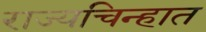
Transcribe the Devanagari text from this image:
राज्यचिन्हात